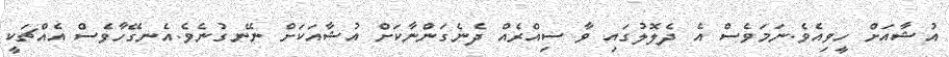
އުޝާއަށް ހީވިއެވެ.ނަމަވެސް އެ ދެލޮލުގައި ވާ ސިއްރެއް ދެނެގަންނާކަށް އުޝާއަކަށް ނޭނގުނެވެ.އެނގޭހާވެސް އެއްޗަކީ